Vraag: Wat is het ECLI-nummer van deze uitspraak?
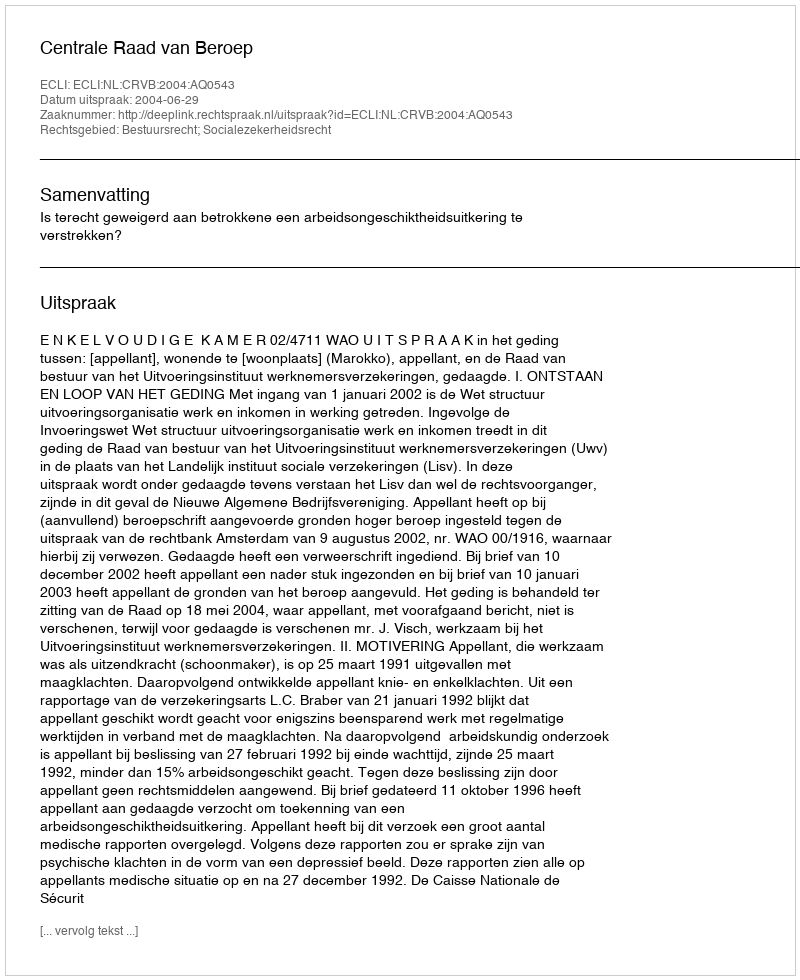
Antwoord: ECLI:NL:CRVB:2004:AQ0543